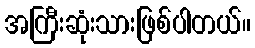
အကြီးဆုံးသားဖြစ်ပါတယ်။